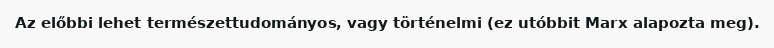
Az előbbi lehet természettudományos, vagy történelmi (ez utóbbit Marx alapozta meg).